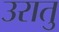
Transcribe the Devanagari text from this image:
उरातु